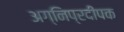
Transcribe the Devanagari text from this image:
अग्निप्रदीपक